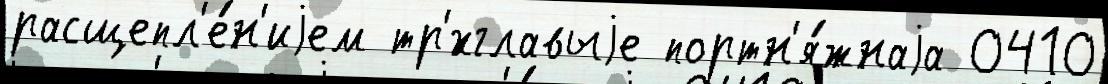
расщепл'е́н'иjем тр'́хглавыjе портн'я́жнаjа 0410